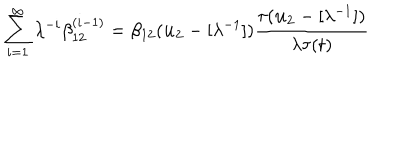
\sum _ { i = 1 } ^ { \infty } \lambda ^ { - i } \beta _ { 1 2 } ^ { ( i - 1 ) } = \beta _ { 1 2 } ( { \bf u _ { 2 } } - [ \lambda ^ { - 1 } ] ) \frac { \tau ( { \bf u _ { 2 } } - [ \lambda ^ { - 1 } ] ) } { \lambda \tau ( t ) }